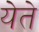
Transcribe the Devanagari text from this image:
येेते